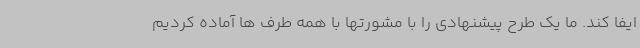
ایفا کند. ما یک طرح پیشنهادی را با مشورتها با همه طرف ها آماده کردیم